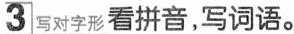
3写对字形看拼音，写词语。